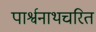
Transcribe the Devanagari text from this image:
पार्श्वनाथचरित